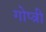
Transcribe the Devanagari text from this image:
गोप्त्री